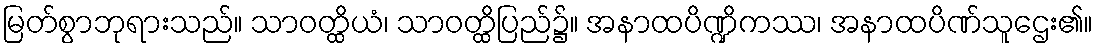
မြတ်စွာဘုရားသည်။ သာဝတ္ထိယံ၊ သာဝတ္ထိပြည်၌။ အနာထပိဏ္ဍိကဿ၊ အနာထပိဏ်သူဌေး၏။